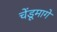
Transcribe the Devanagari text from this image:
चेंडूमागे